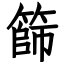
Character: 篩